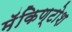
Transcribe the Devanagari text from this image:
मॅकिण्टोश